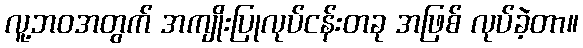
လူ့ဘဝအတွက် အကျိုးပြုလုပ်ငန်းတခု အဖြစ် လုပ်ခဲ့တာ။